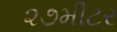
૨૭મીટર